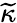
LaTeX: \widetilde{\kappa}